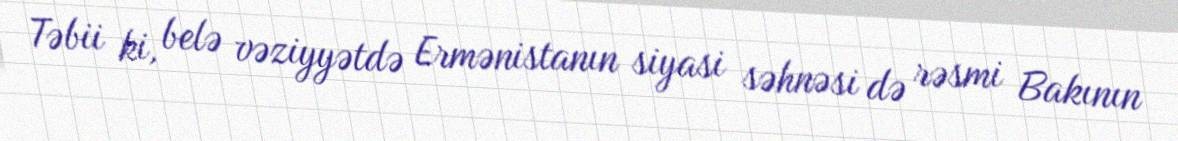
Təbii ki, belə vəziyyətdə Ermənistanın siyasi səhnəsi də rəsmi Bakının